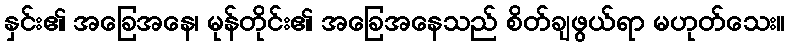
နှင်း၏ အခြေအနေ၊ မုန်တိုင်း၏ အခြေအနေသည် စိတ်ချဖွယ်ရာ မဟုတ်သေး။